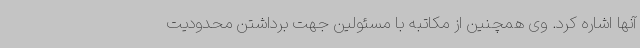
آنها اشاره کرد. وی همچنین از مکاتبه با مسئولین جهت برداشتن محدودیت